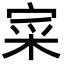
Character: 寀